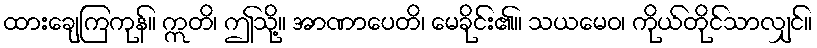
ထားချေကြကုန်။ ဣတိ၊ ဤသို့။ အာဏာပေတိ၊ မေခိုင်း၏။ သယမေဝ၊ ကိုယ်တိုင်သာလျှင်။